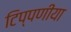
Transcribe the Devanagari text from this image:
टिप्पणीया